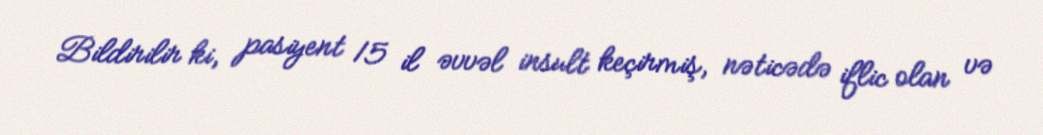
Bildirilir ki, pasiyent 15 il əvvəl insult keçirmiş, nəticədə iflic olan və